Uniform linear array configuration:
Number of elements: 16
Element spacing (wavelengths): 0.75
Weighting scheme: cosine
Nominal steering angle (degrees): -30
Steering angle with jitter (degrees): -28.106
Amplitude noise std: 0.05
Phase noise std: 0.05

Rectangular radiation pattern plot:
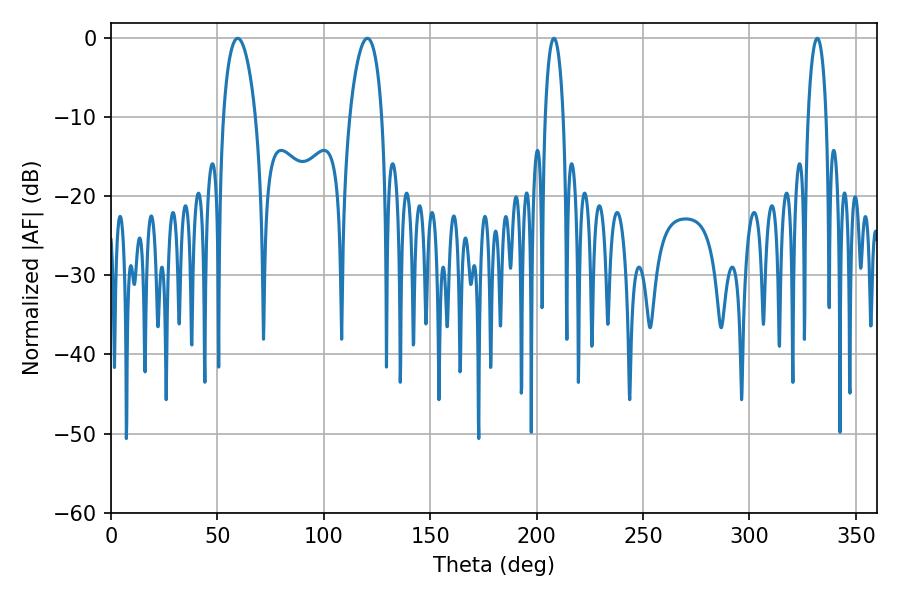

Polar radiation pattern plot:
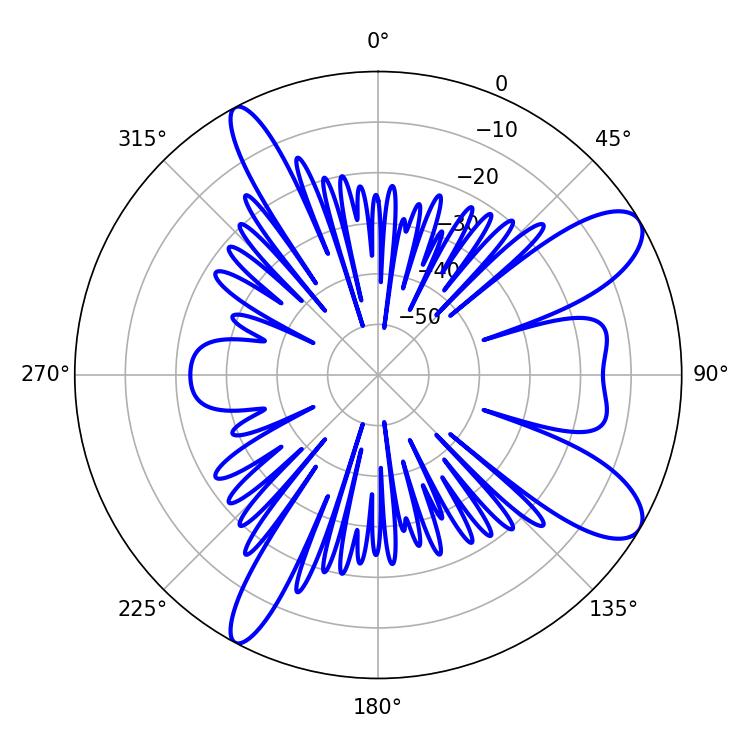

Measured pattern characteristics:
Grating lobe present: TRUE
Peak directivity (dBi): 9.947
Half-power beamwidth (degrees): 8.64
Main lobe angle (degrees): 59.58